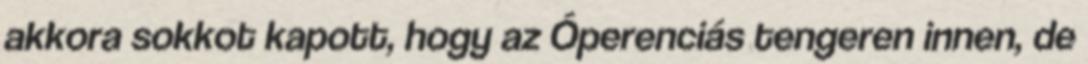
akkora sokkot kapott, hogy az Óperenciás tengeren innen, de